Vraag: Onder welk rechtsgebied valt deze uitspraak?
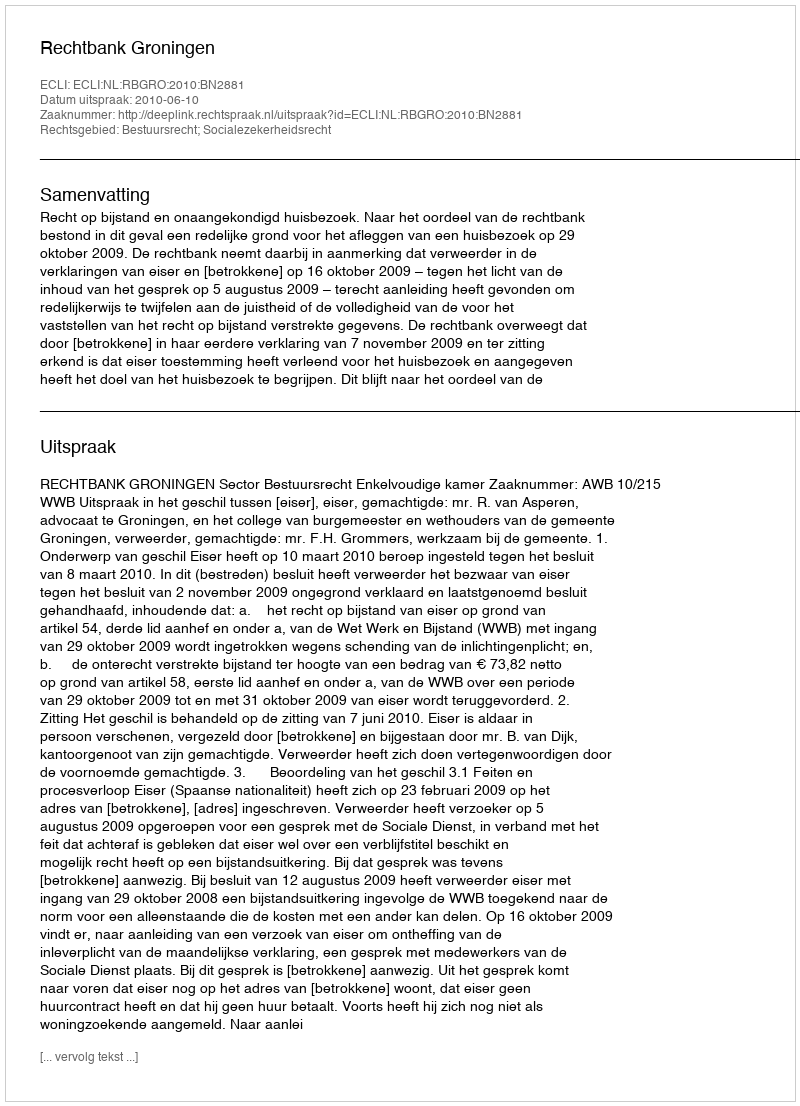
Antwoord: Bestuursrecht; Socialezekerheidsrecht